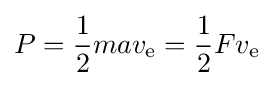
P={\frac {1}{2}}mav_{\text{e}}={\frac {1}{2}}Fv_{\text{e}}